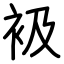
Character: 衱